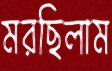
মরছিলাম